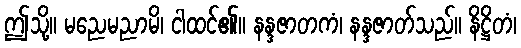
ဤသို့။ မညေမညာမိ၊ ငါထင်၏။ နန္ဒဇာတကံ၊ နန္ဒဇာတ်သည်။ နိဋ္ဌိတံ၊